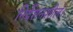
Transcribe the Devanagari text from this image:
निर्देशनशील।